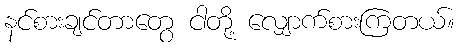
နင်စားချင်တာတွေ ငါတို့ လျှောက်စားကြတယ်။